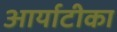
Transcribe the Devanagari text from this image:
आर्याटीका